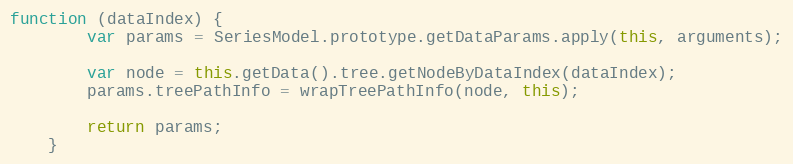
Language: JavaScript
function (dataIndex) {
        var params = SeriesModel.prototype.getDataParams.apply(this, arguments);

        var node = this.getData().tree.getNodeByDataIndex(dataIndex);
        params.treePathInfo = wrapTreePathInfo(node, this);

        return params;
    }